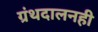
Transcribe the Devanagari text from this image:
ग्रंथदालनही